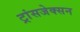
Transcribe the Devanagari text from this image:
ट्रांसजेक्सन